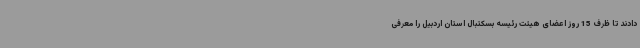
دادند تا ظرف 15 روز اعضای هیئت رئیسه بسکتبال استان اردبیل را معرفی